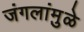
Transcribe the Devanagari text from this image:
जंगलांमु़ळे